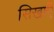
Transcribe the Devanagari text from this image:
सिखाएँ